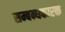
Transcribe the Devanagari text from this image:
सम्बन्धकारक